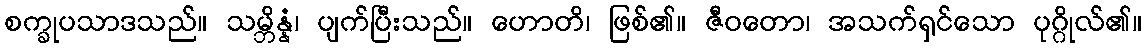
စက္ခုပသာဒသည်။ သမ္ဘိန္နံ၊ ပျက်ပြီးသည်။ ဟောတိ၊ ဖြစ်၏။ ဇီဝတော၊ အသက်ရှင်သော ပုဂ္ဂိုလ်၏။